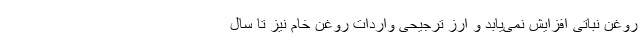
روغن نباتی افزایش نمی‌یابد و ارز ترجیحی واردات روغن خام نیز تا سال